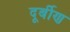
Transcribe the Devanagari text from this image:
दूर्बीण